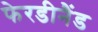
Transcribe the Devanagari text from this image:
फेरडीनैंड